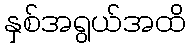
နှစ်အရွယ်အထိ